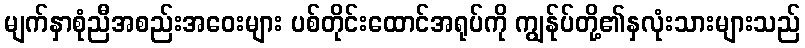
မျက်နှာစုံညီအစည်းအဝေးများ ပစ်တိုင်းထောင်အရုပ်ကို ကျွန်ုပ်တို့၏နှလုံးသားများသည်